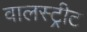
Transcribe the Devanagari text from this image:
वालस्ट्रीट